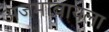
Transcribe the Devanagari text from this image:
अजमावायला